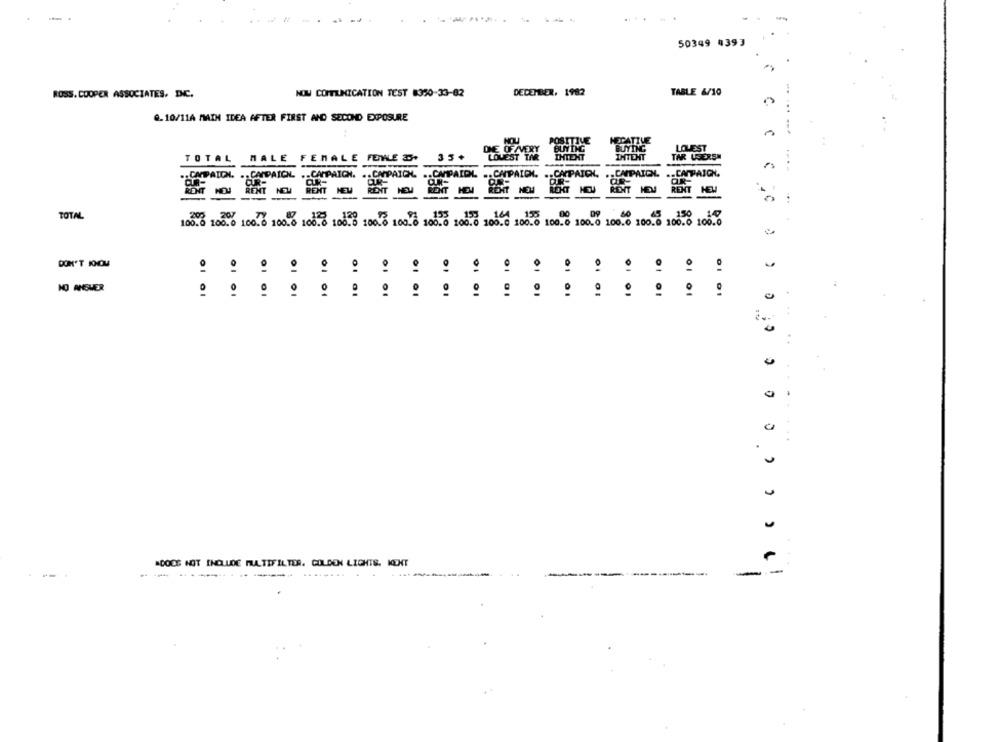
-
50349 4393
ROSS. COOPER ASSOCIATES, INC.
NOW COMMUNICATION TEST 8350-33-82
DECEMBER, 1982
TABLE 6/10
@.10/11A MAIN IDEA AFTER FIRST AND SECOND EXPOSURE
HOU
POSITIVE
HECATIVE
DNE OFAVERY
BUYING
BUYING
LOLEST
35+
LOUEST TAR
IHTEXT
TAR USERSN
TOTAL
MALE
FEMALE FEWLE .
INTENT
APAID
CAMPAIGN.
-CAMPAIGN.
.. CAMPAICH.
.. CAMPAIDL
.. CAMPAIGN.
.. CAPAICK.
.. CAMPAIGN.
.. CAMPAIGN.
RONT
RENT
RENT
RENT
REHT
ROHT
RENT
RENT
TOTAL
200
207
153
155 164
00
150
147
100.0 100.0 100.0 100.0 100.0 100.5 100.6 100.6 100.0 100.0 100.0 100.0 100.0 100.0 100.0 100.0 100.0 100.0
DON'T KNOW
01
01
0
NO ANSWER
:
.
2
"COOS NOT INCLUDE MULTIFILTER. GOLDEN LIGHTS. KENT
-
-